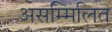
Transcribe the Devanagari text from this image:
असम्मिलित